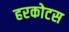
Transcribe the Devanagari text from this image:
हरकोटस